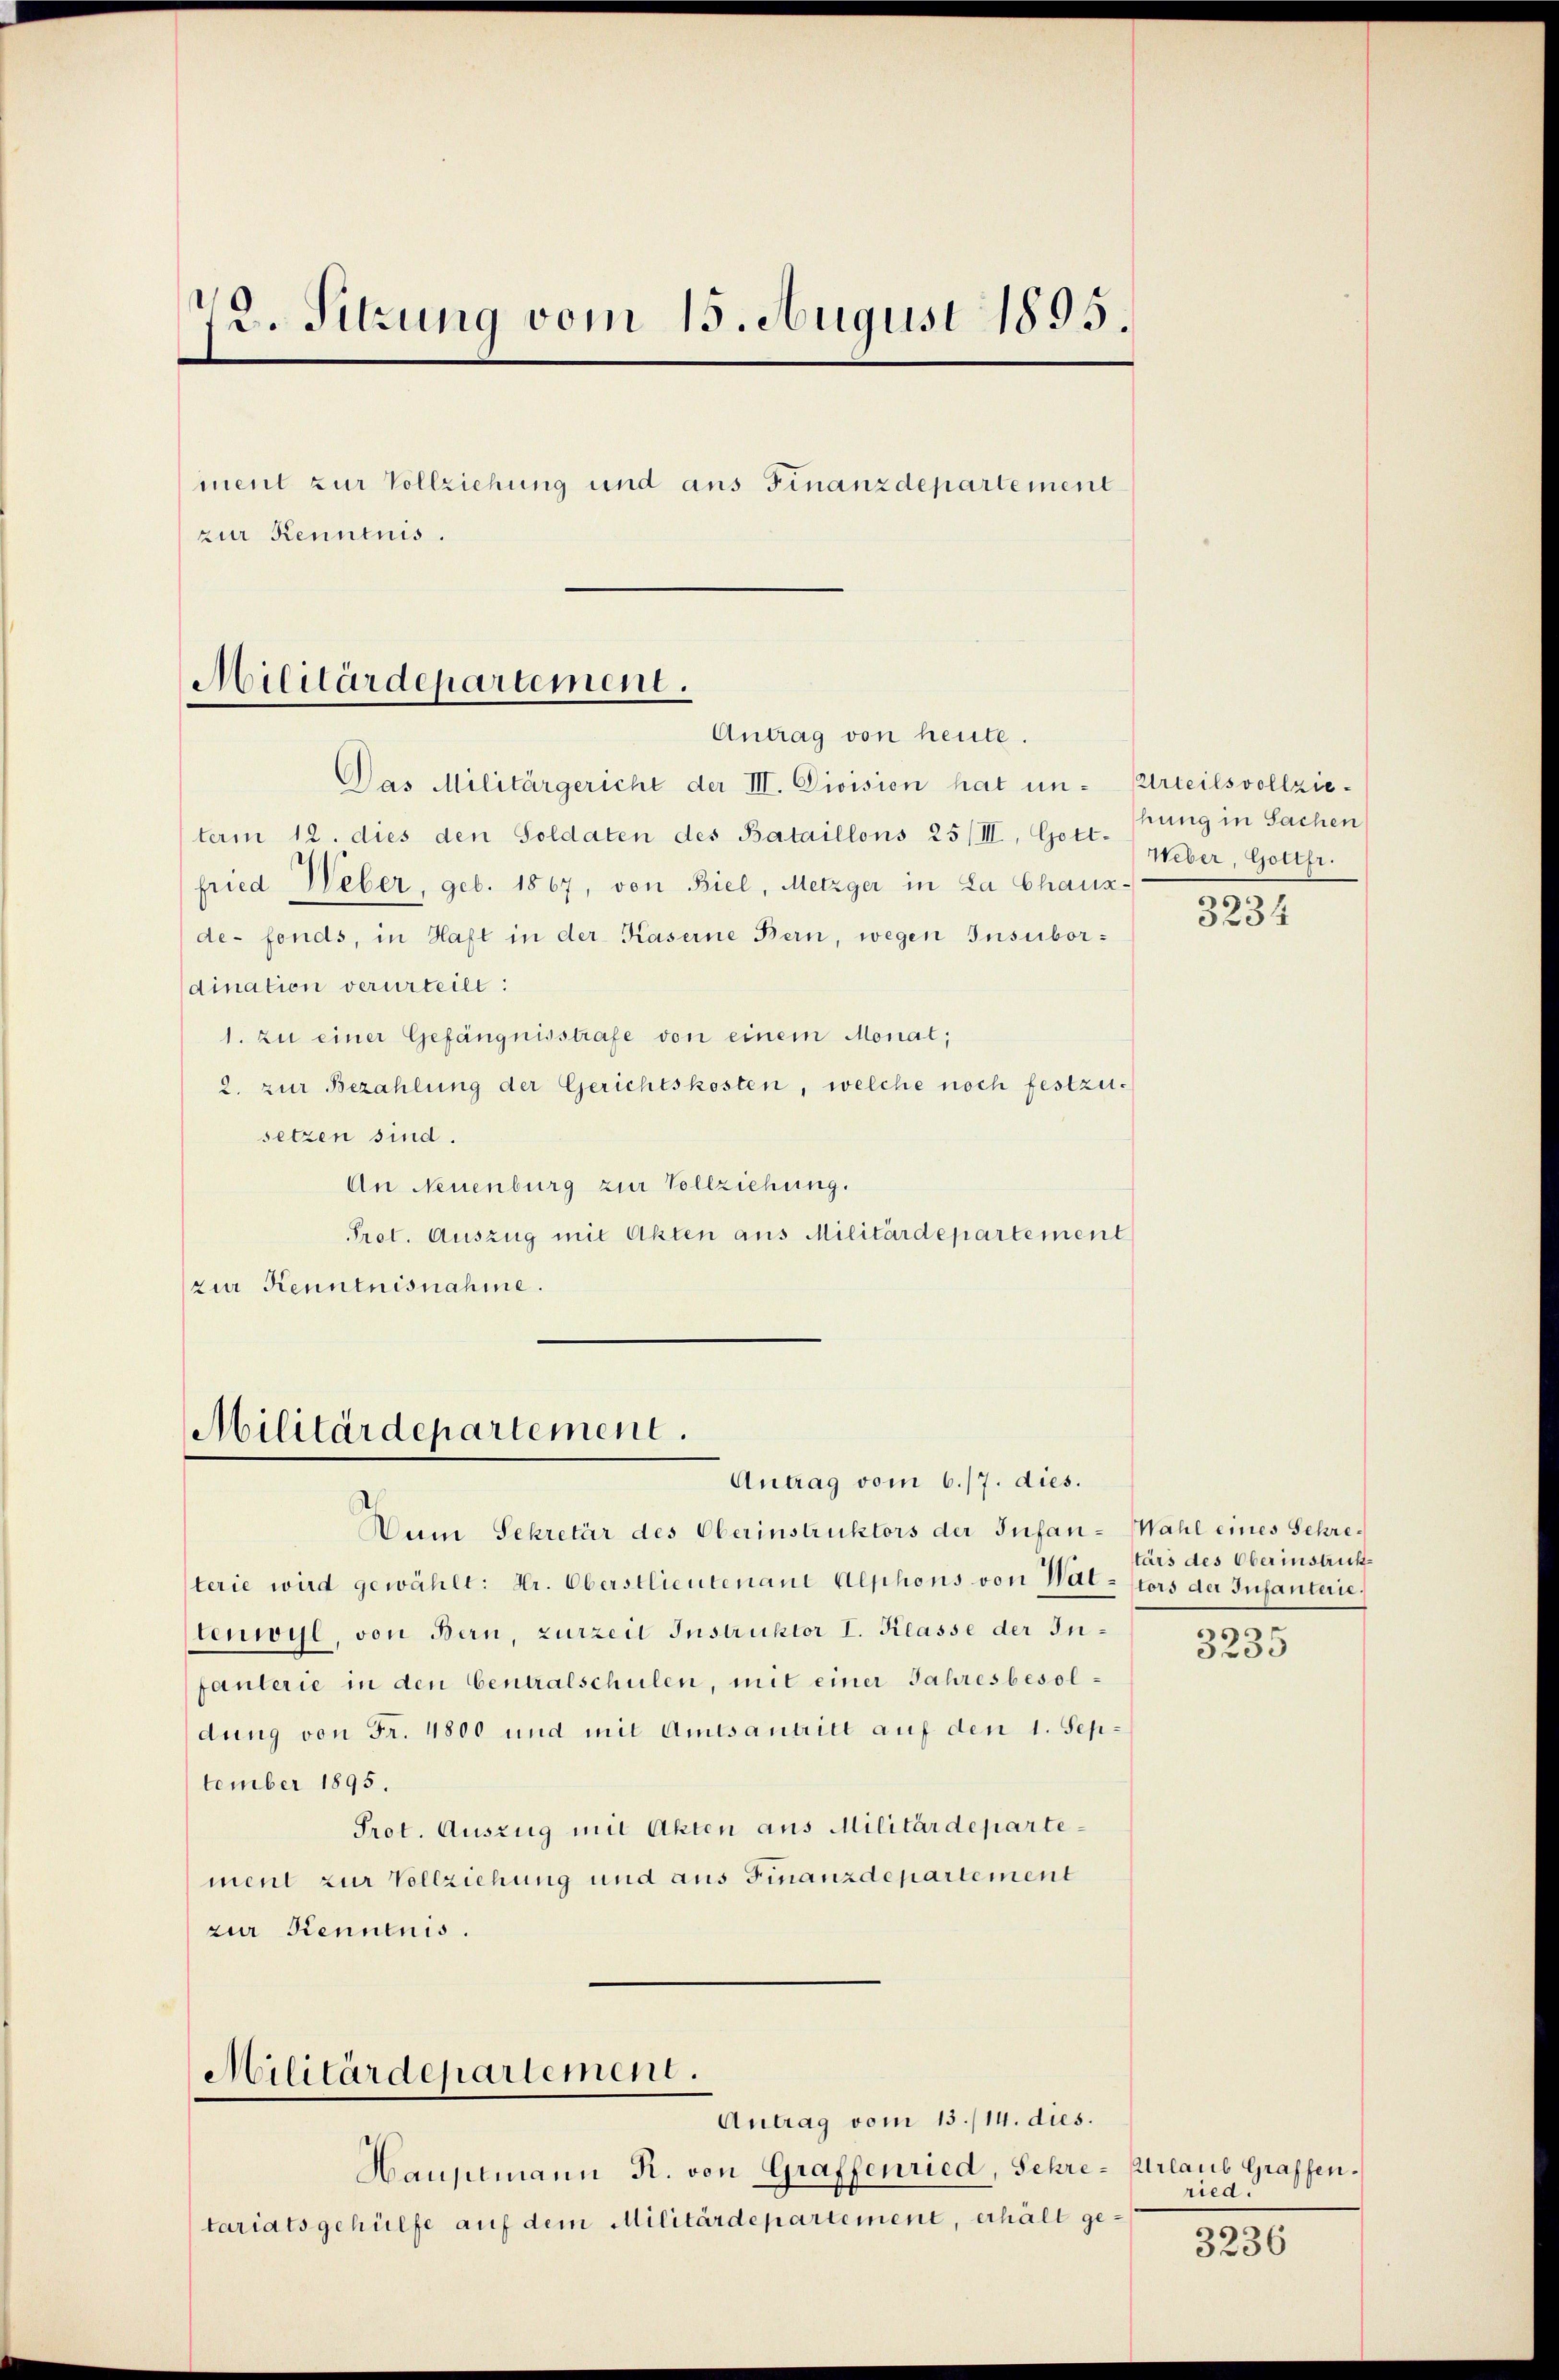
12. Sitzung vom 15. August 1895.
ment zur Vollziehung und aus Finanzdepartement
zur Kenntnis.
Militärdepartement.
Antrag von heute.

Das Militärgericht der III. Division hat un- Urteilsvollzieterm 12. dies den Soldaten des Bataillons 25/III, Gott. Weber, Gottfr.
fried Weber, geb. 1867, von Biel, Metzger in La Chaux-
de-fonds, in Haft in der Kaserne Bern, wegen Insubordination verurteilt:
1. zu einer Gefängnisstrafe von einem Monat;
2. zur Bezahlung der Gerichtskosten, welche noch festzu-
setzen sind.
An Neuenburg zur Vollziehung.
Prot. Auszug mit Akten aus Militärdepartement
zur Kenntnisnahme.

Militärdepartement.
Antrag vom 6./7. dies.

Militärdepartement.

Antrag vom 13./14. dies.
Hauptmann R. von Graffenried, Schretariatsgehülfe auf dem Militärdepartement, erhält ge

Dum Sekretär des Oberinstruktors der Infan-Wahl eines Schreterie wird gewählt: Hr. Oberstlieutenant Alphons von Wat-Stors der Infanterie,
tenwyl, von Bern, zurzeit Instruktor I. Klasse der Infanterie in den Centralschulen, mit einer Jahresbesoldung von Fr. 4800 und mit Amtsantritt auf den 1. September 1895.
Prot. Auszug mit Akten aus Militärdepartement zur Vollziehung und aus Finanzdepartement
zur Kenntnis.

hung in Sachen

3234

tärs des Oberinstrick¬

e
323.

Urlaub Graffen.
ried.

n
3236